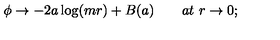
\phi \rightarrow - 2 a \log ( m r ) + B ( a ) \qquad a t \ r \rightarrow 0 ;